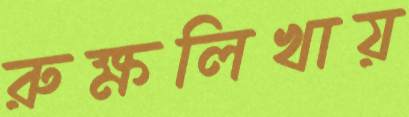
রুক্ষলিখায়